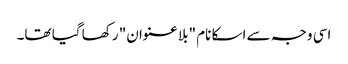
اسی وجہ سے اسکا نام "بلا عنوان" رکھا گیا تھا۔